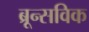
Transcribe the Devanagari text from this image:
ब्रून्सविक